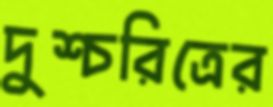
দুশ্চরিত্রের